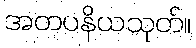
အတပနိယသုတ်။